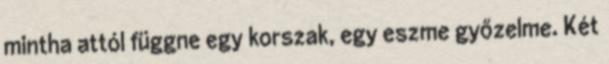
mintha attól függne egy korszak, egy eszme győzelme. Két